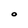
Character: O